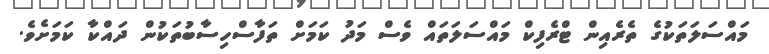
މައްސަލަތަކުގެ ތެރެއިން ޓްރެފިކް މައްސަލަތައް ވެސް މަދު ކަމަށް ތަފާސްހިސާބުތަކުން ދައްކާ ކަމަށެވެ.